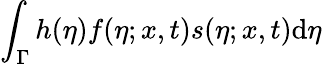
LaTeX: \int_{\Gamma}h(\eta)f(\eta;x,t)s(\eta;x,t)\mathrm{d}\eta